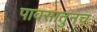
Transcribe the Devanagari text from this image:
पावसातुनच